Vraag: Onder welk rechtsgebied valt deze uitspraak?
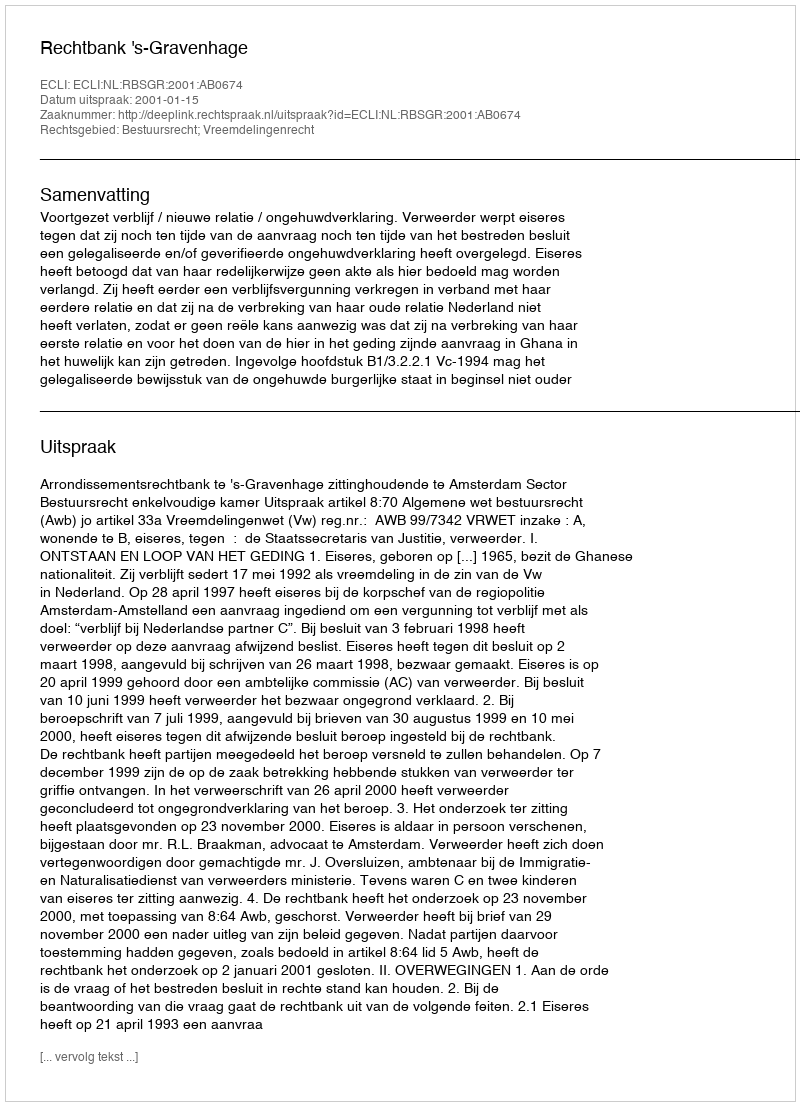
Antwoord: Bestuursrecht; Vreemdelingenrecht